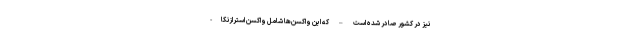
نیز در کشور صادر شده است – که این واکسن‌ها شامل واکسن استرازنکا-